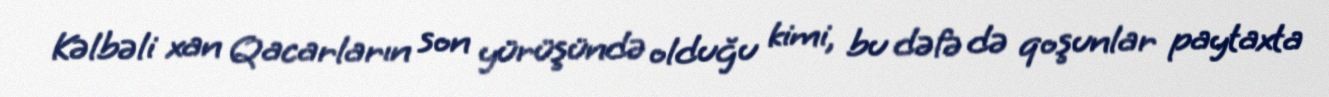
Kəlbəli xan Qacarların son yürüşündə olduğu kimi, bu dəfə də qoşunlar paytaxta